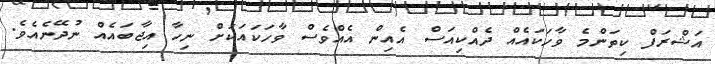
އަޝްރަފް ކިތަންމެ ވާހަކައެއް ދެއްކިއަސް އެއިން އެއްވެސް ވާހަކައަކަށް ނިހާ އިޖާބައެއް ނުދޭނެއެވެ.